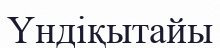
Үндіқытайы